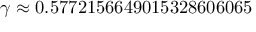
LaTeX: \gamma \approx 0 . 5 7 7 2 1 5 6 6 4 9 0 1 5 3 2 8 6 0 6 0 6 5